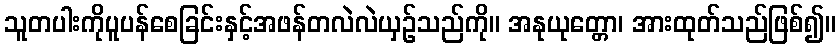
သူတပါးကိုပူပန်စေခြင်းနှင့်အဖန်တလဲလဲယှဉ်သည်ကို။ အနုယုတ္တော၊ အားထုတ်သည်ဖြစ်၍။